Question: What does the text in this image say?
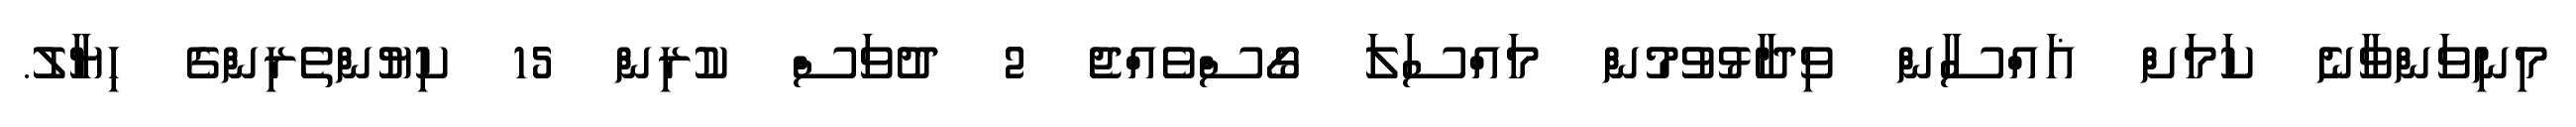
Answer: މިނިވަންވާނެ ކަމަށް ޣައްސާން ވިދާޅުވުމުން މައްސަލަ ގޯސްވެއްޖެ 2 ދުވަސް ކުރިން 15 ކިޔުންތެރިންގެ ހިޔާލު.